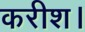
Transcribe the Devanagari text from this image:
करीश।